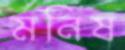
মনিষ